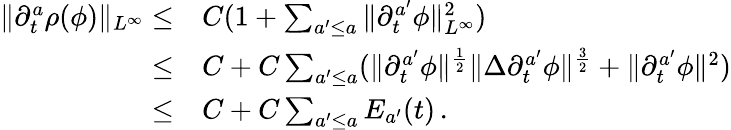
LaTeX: \begin{array}{rl}{\| \partial_{t}^{a}\rho(\phi)\| _{L^{\infty}}\leq}&{C(1+\sum_{a^{\prime}\leq a}\| \partial_{t}^{a^{\prime}}\phi\| _{L^{\infty}}^{2})}\\ {\leq}&{C+C\sum_{a^{\prime}\leq a}(\| \partial_{t}^{a^{\prime}}\phi\| ^{\frac{1}{2}}\| \Delta\partial_{t}^{a^{\prime}}\phi\| ^{\frac{3}{2}}+\| \partial_{t}^{a^{\prime}}\phi\| ^{2})}\\ {\leq}&{C+C\sum_{a^{\prime}\leq a}E_{a^{\prime}}(t)\, .}\end{array}